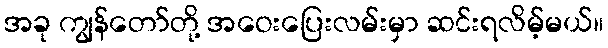
အခု ကျွန်တော်တို့ အဝေးပြေးလမ်းမှာ ဆင်းရလိမ့်မယ်။